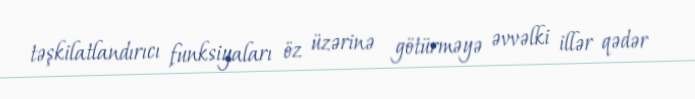
təşkilatlandırıcı funksiyaları öz üzərinə götürməyə əvvəlki illər qədər